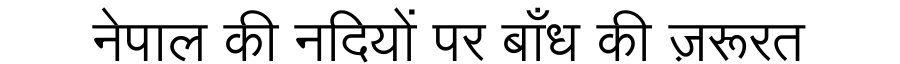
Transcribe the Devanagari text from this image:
नेपाल की नदियों पर बाँध की ज़रूरत